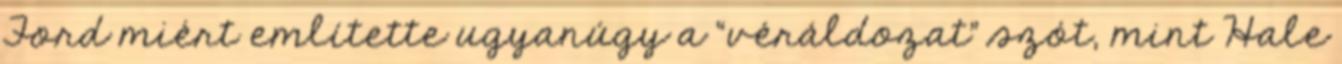
Ford miért említette ugyanúgy a “véráldozat” szót, mint Hale